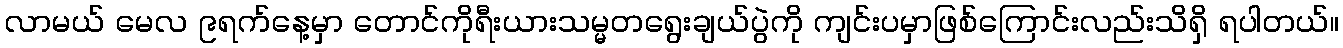
လာမယ် မေလ ၉ရက်နေ့မှာ တောင်ကိုရီးယားသမ္မတရွေးချယ်ပွဲကို ကျင်းပမှာဖြစ်ကြောင်းလည်းသိရှိ ရပါတယ်။